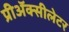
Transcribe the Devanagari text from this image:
प्रीअॅक्सीलेटर